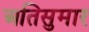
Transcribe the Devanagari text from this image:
अतिसुमार